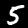
Digit: 5